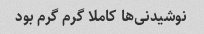
نوشیدنی‌ها کاملا گرم گرم بود